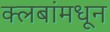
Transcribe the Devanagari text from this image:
क्लबांमधून